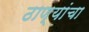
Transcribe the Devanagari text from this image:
ठाण्यांचा